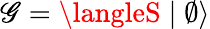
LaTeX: \mathscr{G}=\langleS\mid\emptyset\rangle